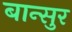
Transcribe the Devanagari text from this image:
बान्सुर